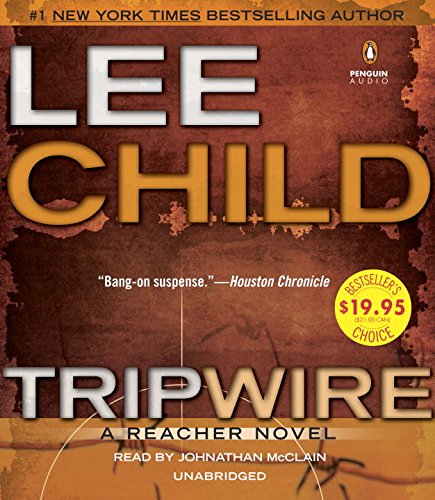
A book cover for Tripwire: A Jack Reacher Novel; Lee Child; Mystery, Thriller & Suspense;